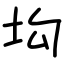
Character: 㘬